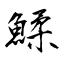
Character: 鰇